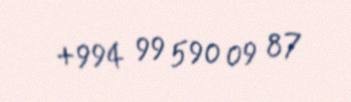
+994 99 590 09 87